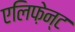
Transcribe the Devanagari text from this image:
एलिफ़ेन्ट